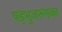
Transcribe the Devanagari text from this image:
षड्भुजरूपका